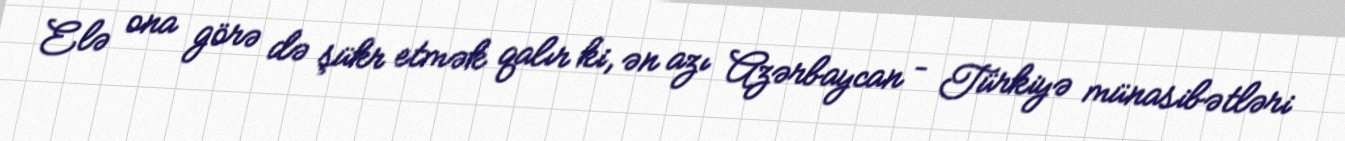
Elə ona görə də şükr etmək qalır ki, ən azı Azərbaycan – Türkiyə münasibətləri